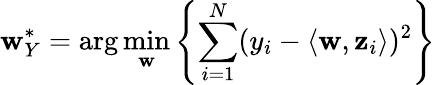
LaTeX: \mathbf{w}_{Y}^{*}=\arg\operatorname*{min}_{\mathbf{w}}\left\{ \sum_{i=1}^{N}(y_{i}-\langle\mathbf{w},\mathbf{z}_{i}\rangle)^{2}\right\}